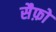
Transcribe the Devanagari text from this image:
सैफ़ो